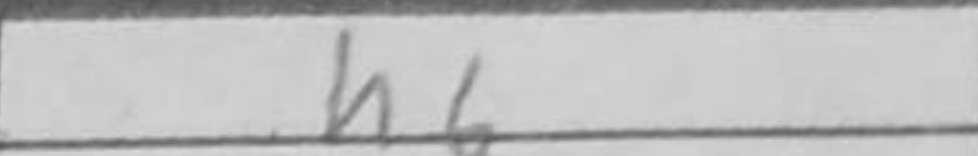
Transcription: h6